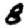
Digit: 8